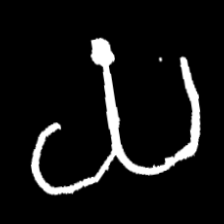
Pyu character \u2014 Myanmar letter: ယ (romanized: ya)